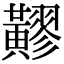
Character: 䵏